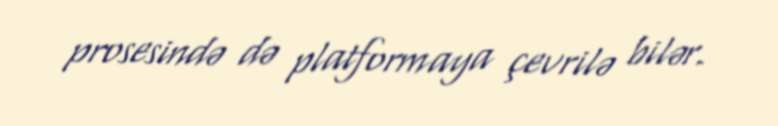
prosesində də platformaya çevrilə bilər.